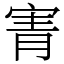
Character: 寈